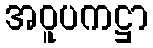
အဝူပကဋ္ဌာ